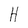
Character: H